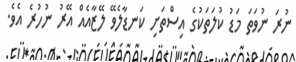
ނުރަ ނުވަތަ މަޑު ކުލަތަކުގެ އިސްތަށި ކަނޑާލެވޭ ލޭޒާއެއް އޭރު ނުހުރެ އެވެ.